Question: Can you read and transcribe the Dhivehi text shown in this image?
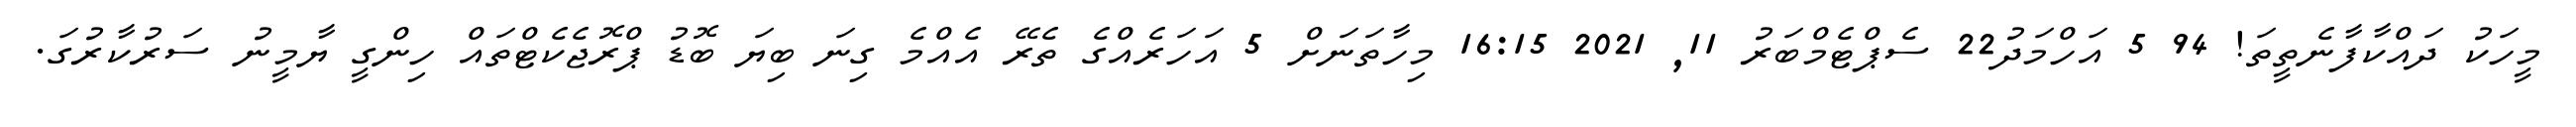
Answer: މީހަކު ދައްކާފާނެތީތަ! 94 5 އަހްމަދު22 ސެޕްޓެމްބަރު 11, 2021 16:15 މިހާތަނަށް 5 އަހަރެއްގެ ތެރޭ އެއްމެ ގިނަ ބިޔަ ބޮޑު ޕްރޮޖެކެޓްތައް ހިންގީ ޔާމީނު ސަރުކާރުގަ.